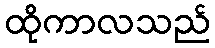
ထိုကာလသည်